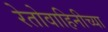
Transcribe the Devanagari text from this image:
रेतोवाहिनीच्या